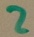
Text: 2